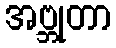
အဗ္ဘုတာ